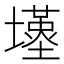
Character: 𡒣